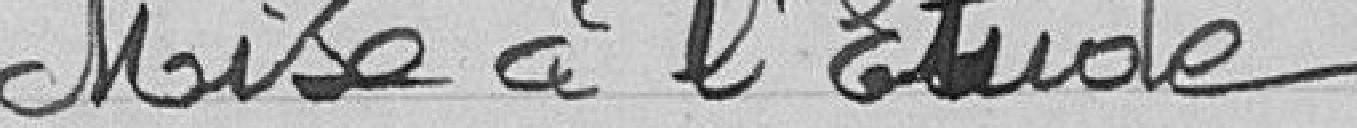
Mise à l'Etude